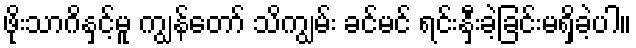
ဖိုးသာဂိနှင့်မူ ကျွန်တော် သိကျွမ်း ခင်မင် ရင်းနှီးခဲ့ခြင်းမရှိခဲ့ပါ။